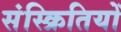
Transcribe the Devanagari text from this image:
संस्क्रितियों